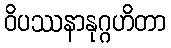
ဝိပဿနာနုဂ္ဂဟိတာ